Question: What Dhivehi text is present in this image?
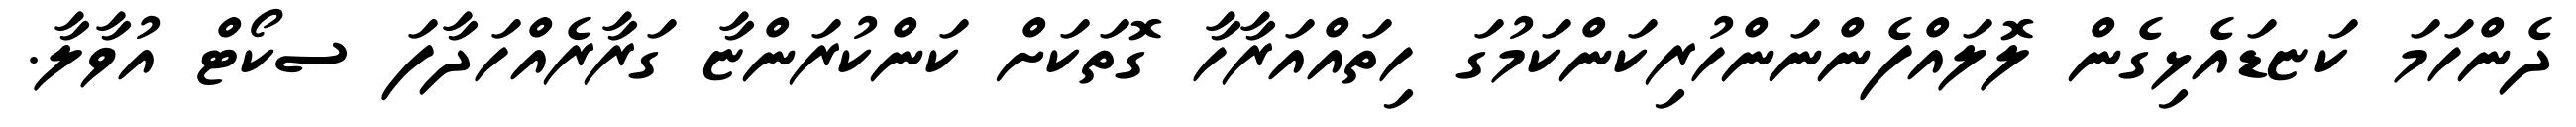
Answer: ދެންހަމަ ކަޏޑައެޅިގެން ލޮލައްފެންނަންހުރިކަންކަމުގަ ހިތައްއަރާހާ ގޮތަކަށް ކަންކުރަންޏާ ގަރާރެއްހަދާފަ ސކޯޓް އުވާލާ.